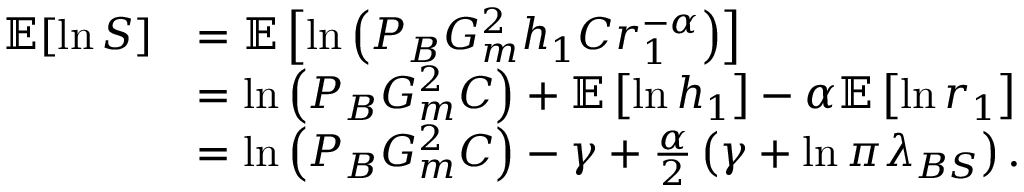
\begin{array} { r l } { \mathbb { E } [ \ln S ] } & { = \mathbb { E } \left[ \ln \left( P _ { B } G _ { m } ^ { 2 } h _ { 1 } C r _ { 1 } ^ { - \alpha } \right) \right] } \\ & { = \ln \left( P _ { B } G _ { m } ^ { 2 } C \right) + \mathbb { E } \left[ \ln h _ { 1 } \right] - \alpha \mathbb { E } \left[ \ln r _ { 1 } \right] } \\ & { = \ln \left( P _ { B } G _ { m } ^ { 2 } C \right) - \gamma + \frac { \alpha } { 2 } \left( { \gamma + \ln \pi \lambda _ { B S } } \right) . } \end{array}